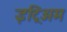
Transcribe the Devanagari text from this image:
इट्रिअम